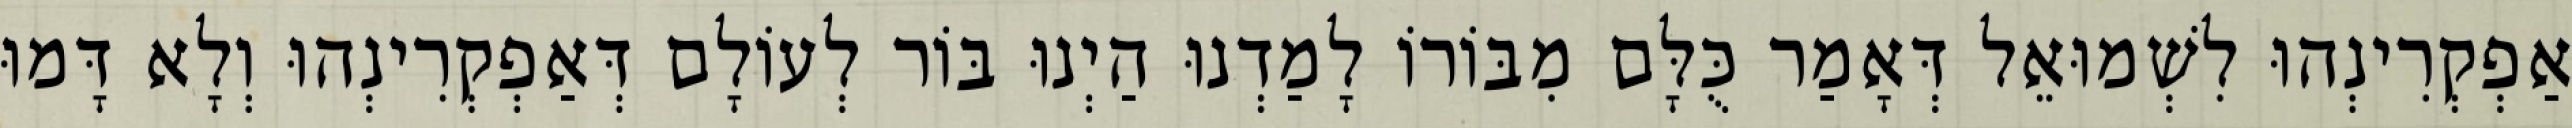
אַפְקְרִינְהוּ לִשְׁמוּאֵל דְּאָמַר כֻּלָּם מִבּוֹרוֹ לָמַדְנוּ הַיְנוּ בּוֹר לְעוֹלָם דְּאַפְקְרִינְהוּ וְלָא דָּמוּ